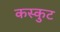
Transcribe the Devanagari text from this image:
कस्कुट